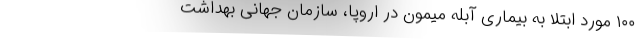
۱۰۰ مورد ابتلا به بیماری آبله میمون در اروپا، سازمان جهانی بهداشت